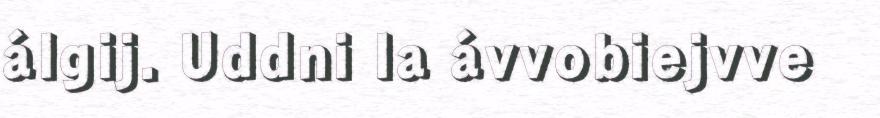
álgij. Uddni la ávvobiejvve